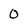
Character: 0